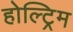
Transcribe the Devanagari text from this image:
होल्ट्रिम